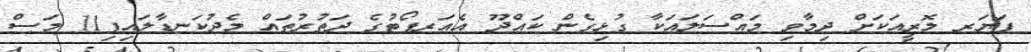
ފަޔަރ ލޮރީއަކަށް ދިމާވި މައްސަލައަކާ ގުޅިގެން ކައްދޫ އެއަރޕޯޓުގެ ދަތުރުތައް މެދުކަނޑާލައިފި11 މަސް